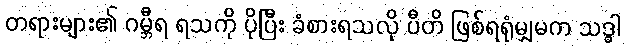
တရားများ၏ ဂမ္ဘီရ ရသကို ပိုပြီး ခံစားရသလို ပီတိ ဖြစ်ရရုံမျှမက သဒ္ဓါ